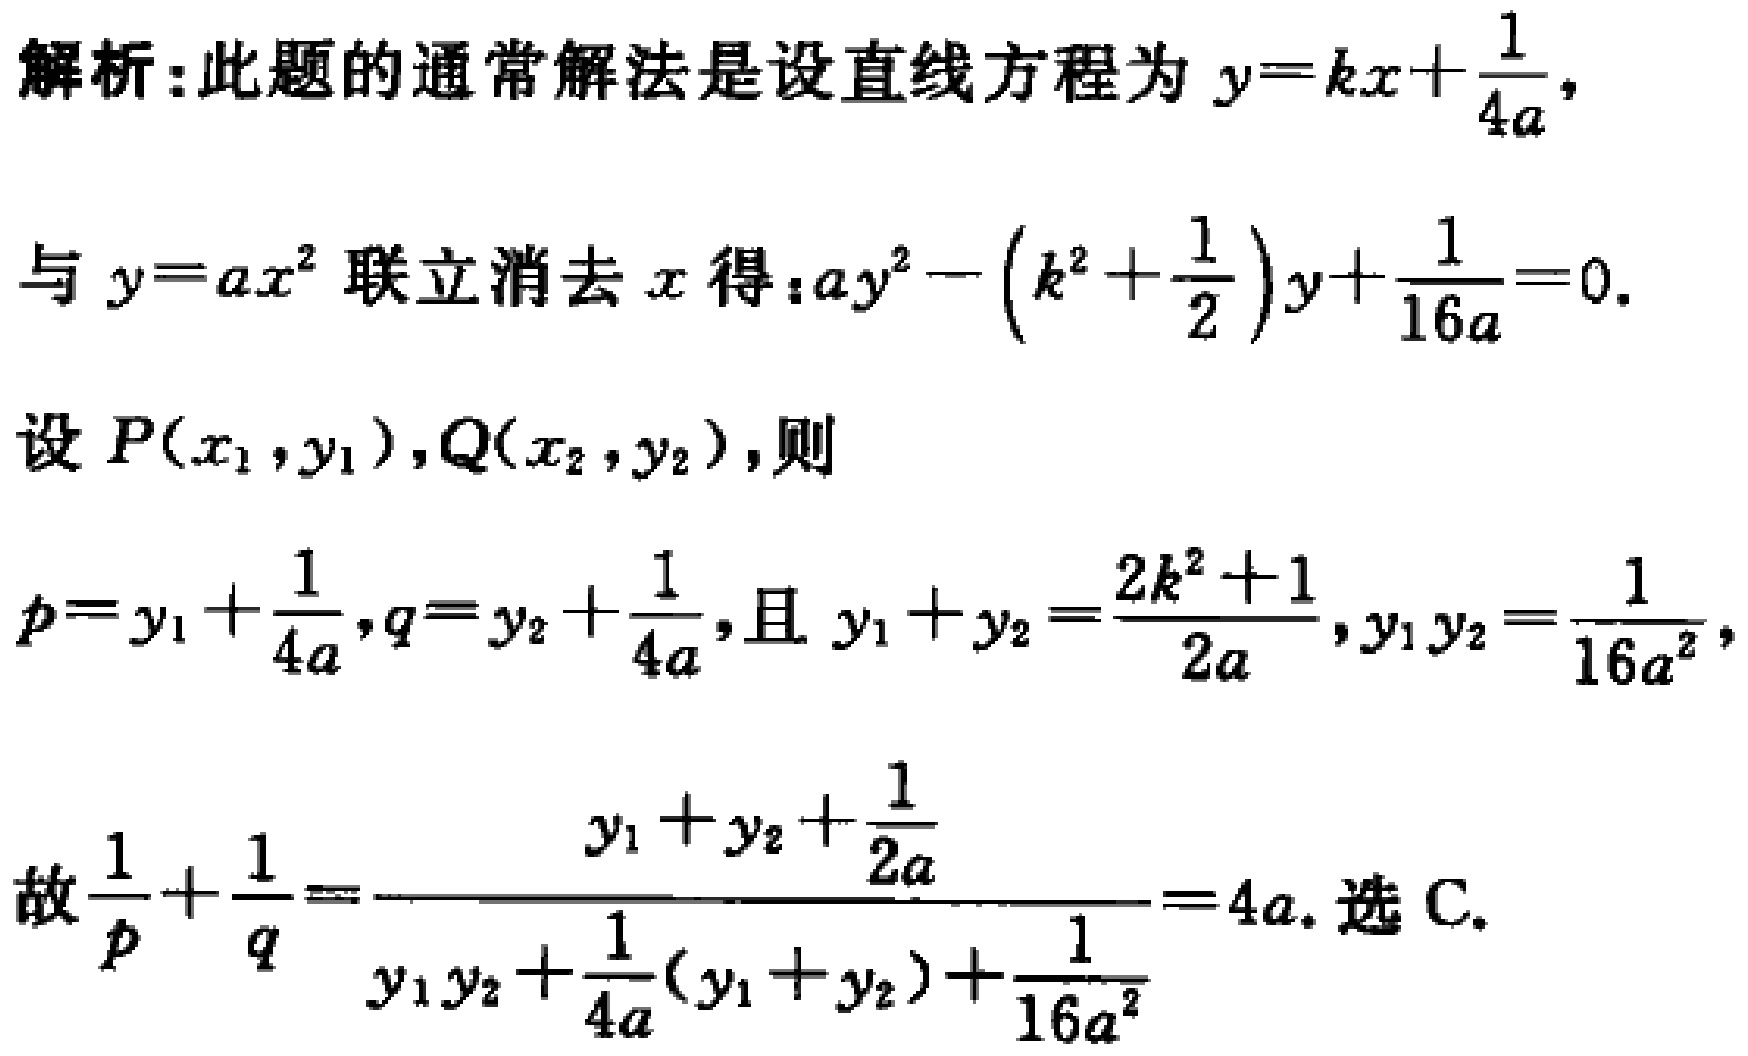
解析:此题的通常解法是设直线方程为 \(y = kx+\frac{1}{4a}\),
与 \(y = ax^{2}\) 联立消去 \(x\) 得：\(ay^{2}-\left(k^{2}+\frac{1}{2}\right)y+\frac{1}{16a}=0\).
设 \(P(x_{1},y_{1}),Q(x_{2},y_{2})\), 则
\(p = y_{1}+\frac{1}{4a},q = y_{2}+\frac{1}{4a}\), 且 \(y_{1}+y_{2}=\frac{2k^{2}+1}{2a},y_{1}y_{2}=\frac{1}{16a^{2}}\),
故 \(\frac{1}{p}+\frac{1}{q}=\frac{y_{1}+y_{2}+\frac{1}{2a}}{y_{1}y_{2}+\frac{1}{4a}(y_{1}+y_{2})+\frac{1}{16a^{2}}}=4a\). 选 C.